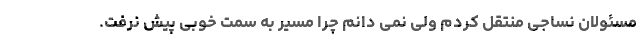
مسئولان نساجی منتقل کردم ولی نمی دانم چرا مسیر به سمت خوبی پیش نرفت.